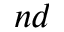
^ { n d }